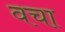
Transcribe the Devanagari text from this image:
वचा